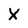
Character: X